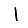
Digit: 1